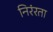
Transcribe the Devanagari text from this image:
निरंरता